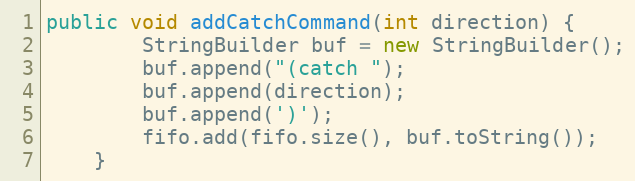
Language: Java
public void addCatchCommand(int direction) {
        StringBuilder buf = new StringBuilder();
        buf.append("(catch ");
        buf.append(direction);
        buf.append(')');
        fifo.add(fifo.size(), buf.toString());
    }